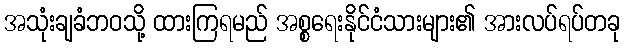
အသုံးချခံဘဝသို့ ထားကြရမည် အစ္စရေးနိုင်ငံသားများ၏ အားလပ်ရပ်တခု